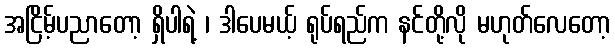
အငြိမ့်ပညာတော့ ရှိပါရဲ့ ၊ ဒါပေမယ့် ရုပ်ရည်က နင်တို့လို မဟုတ်လေတော့